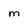
Character: M